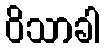
ဝိသာခါ